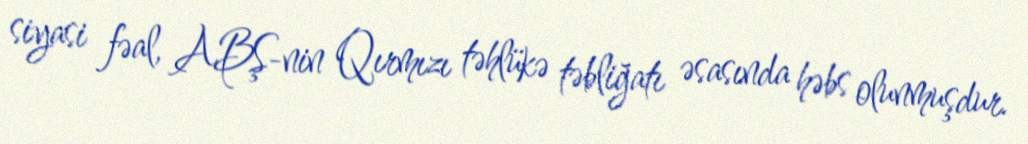
siyasi fəal, ABŞ-nin Qırmızı təhlükə təbliğatı əsasında həbs olunmuşdur.